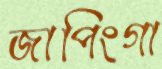
জাপিংগা